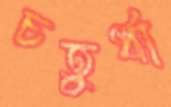
চতুর্ধা